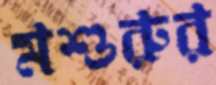
মশুরুর